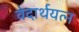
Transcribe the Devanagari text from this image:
वेदार्थयत्न